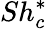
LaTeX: Sh_{c}^{*}